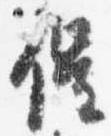
催